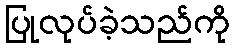
ပြုလုပ်ခဲ့သည်ကို